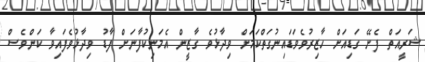
ޝަރީއަތް ފެށޭ ގަޑިއަށް ހާޒިރުވެވަޑައިނުގަތްކަމަށް ވިދާޅުވެ ގާޒީން އެމަނިކުފާނަށް ފާޑު ވިދާޅުވެފައިވާ ކަންވެސް